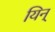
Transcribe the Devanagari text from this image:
यिन्